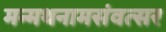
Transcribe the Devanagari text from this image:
मन्मथनामसंवत्सर